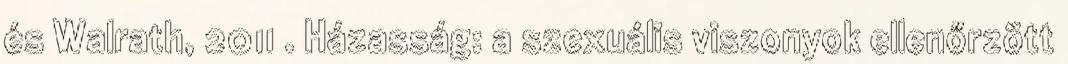
és Walrath, 2011 . Házasság: a szexuális viszonyok ellenőrzött